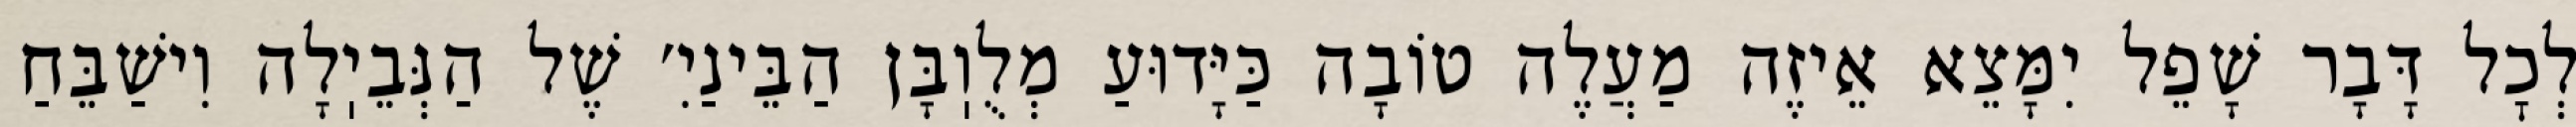
לְכׇל דָּבָר שָׁפֵל יִמָּצֵא אֵיזֶה מַעֲלֶה טוֹבָה כַּיָּדוּעַ מְלֻוֽבָּן הַבֵּינַיִ׳ שֶׁל הַנְּבֵיֽלָה וִישַׁבֵּחַ